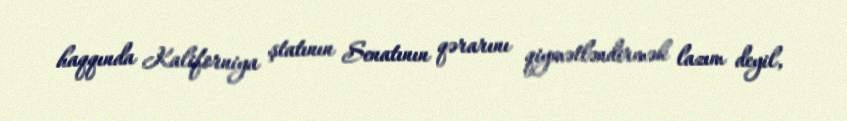
haqqında Kaliforniya ştatının Senatının qərarını qiymətləndirmək lazım deyil,